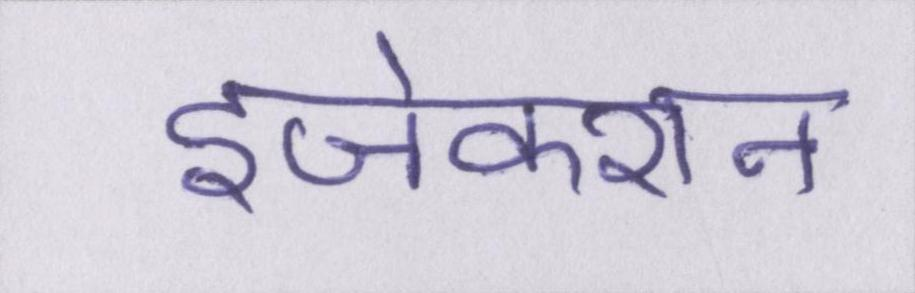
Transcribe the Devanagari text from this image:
इंजेक्शन